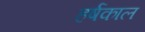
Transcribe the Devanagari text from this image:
हर्षकाल